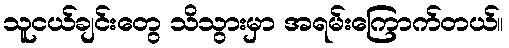
သူငယ်ချင်းတွေ သိသွားမှာ အရမ်းကြောက်တယ်။